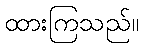
ထားကြသည်။